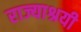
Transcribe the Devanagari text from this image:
राज्याश्रयी